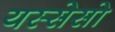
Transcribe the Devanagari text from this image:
यस्सेसो